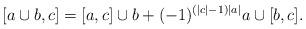
LaTeX: \begin{align*}[a \cup b, c] = [a, c] \cup b + (-1)^{(|c|-1) |a|} a \cup [b, c].\end{align*}